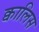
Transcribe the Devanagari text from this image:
क्वालिस